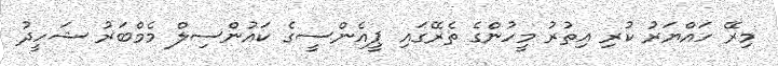
މިރޭ ހައްޔަރު ކުރި އިތުރު މީހުންގެ ތެރޭގައި ޕީއެންސީގެ ކައުންސިލް މެމްބަރު ޝަހީދު